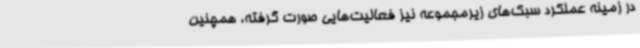
در زمینه عملکرد سبک‌های زیرمجموعه نیز فعالیت‌هایی صورت گرفته، همچنین